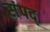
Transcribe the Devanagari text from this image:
संपद्